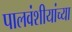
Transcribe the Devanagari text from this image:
पालवंशीयांच्या